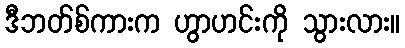
ဒီဘတ်စ်ကားက ဟွာဟင်းကို သွားလား။